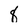
Character: 8